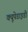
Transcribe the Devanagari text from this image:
क्यूपेडाइडी